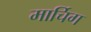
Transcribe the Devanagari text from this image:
मार्चिग